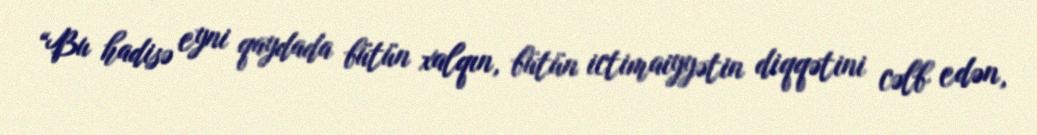
“Bu hadisə eyni qaydada bütün xalqın, bütün ictimaiyyətin diqqətini cəlb edən,